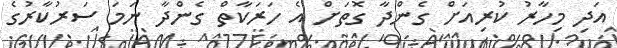
އަދި މިހާރު ކުރިއަށް ގެންދާ ގޮތަށް އެ ހަރަކާތް ގެންދާ ނަމަ ސަރުކާރުގެ